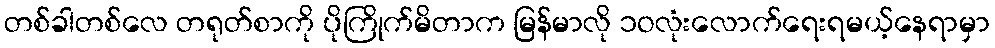
တစ်ခါတစ်လေ တရုတ်စာကို ပိုကြိုက်မိတာက မြန်မာလို ၁ဝလုံးလောက်ရေးရမယ့်နေရာမှာ